Civil Veterinary Department Bengal reports 1933-51 - 1933-1951
Year: 1933
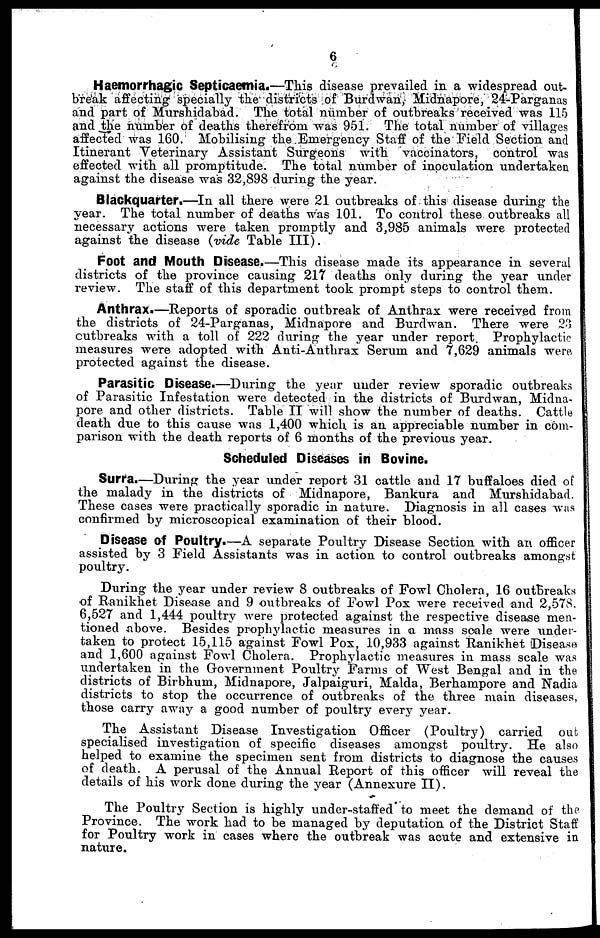
6
Haemorrhagic Septicaemia.—This disease prevailed in a widespread out-
break affecting specially the districts of Burdwan, Midnapore, 24-Parganas
and part of Murshidabad. The total number of outbreaks received was 115
and the number of deaths therefrom was 951. The total number of villages
affected was 160. Mobilising the Emergency Staff of the Field Section and
Itinerant Veterinary Assistant Surgeons with vaccinators, control was
effected with all promptitude. The total number of inoculation undertaken
against the disease was 32,898 during the year.
Blackquarter.—In all there were 21 outbreaks of this disease during the
year. The total number of deaths was 101. To control these outbreaks all
necessary actions were taken promptly and 3,985 animals were protected
against the disease (vide Table III).
Foot and Mouth Disease.—This disease made its appearance in several
districts of the province causing 217 deaths only during the year under
review. The staff of this department took prompt steps to control them.
Anthrax.—Reports of sporadic outbreak of Anthrax were received from
the districts of 24-Parganas, Midnapore and Burdwan. There were 23
outbreaks with a toll of 222 during the year under report. Prophylactic
measures were adopted with Anti-Anthrax Serum and 7,629 animals were
protected against the disease.
Parasitic Disease.—During the year under review sporadic outbreaks
of Parasitic Infestation were detected in the districts of Burdwan, Midna-
pore and other districts. Table II will show the number of deaths. Cattle
death due to this cause was 1,400 which is an appreciable number in com-
parison with the death reports of 6 months of the previous year.
Scheduled Diseases in Bovine.
Surra.—During the year under report 31 cattle and 17 buffaloes died of
the malady in the districts of Midnapore, Bankura and Murshidabad.
These cases were practically sporadic in nature. Diagnosis in all cases was
confirmed by microscopical examination of their blood.
Disease of Poultry.—A separate Poultry Disease Section with an officer
assisted by 3 Field Assistants was in action to control outbreaks amongst
poultry.
During the year under review 8 outbreaks of Fowl Cholera, 16 outbreaks
of Ranikhet Disease and 9 outbreaks of Fowl Pox were received and 2,578.
6,527 and 1,444 poultry were protected against the respective disease men-
tioned above. Besides prophylactic measures in a mass scale were under-
taken to protect 15,115 against Fowl Pox, 10,933 against Ranikhet Disease
and 1,600 against Fowl Cholera. Prophylactic measures in mass scale was
undertaken in the Government Poultry Farms of West Bengal and in the
districts of Birbhum, Midnapore, Jalpaiguri, Malda, Berhampore and Nadia
districts to stop the occurrence of outbreaks of the three main diseases,
those carry away a good number of poultry every year.
The Assistant Disease Investigation Officer (Poultry) carried out
specialised investigation of specific diseases amongst poultry. He also
helped to examine the specimen sent from districts to diagnose the causes
of death. A perusal of the Annual Report of this officer will reveal the
details of his work done during the year (Annexure II).
The Poultry Section is highly under-staffed to meet the demand of the
Province. The work had to be managed by deputation of the District Staff
for Poultry work in cases where the outbreak was acute and extensive in
nature.